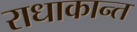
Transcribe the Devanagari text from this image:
राधाकान्‍त